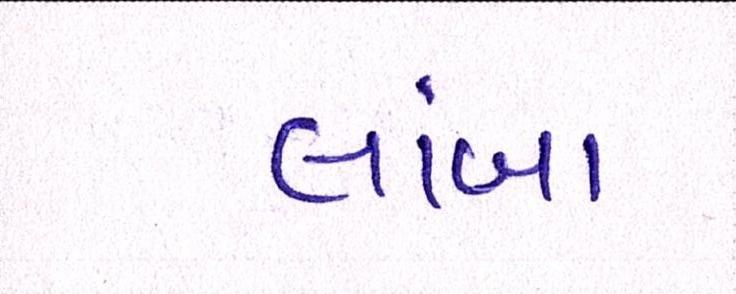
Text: લાંબા